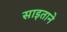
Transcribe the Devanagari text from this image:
साइताने